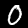
Digit: 0